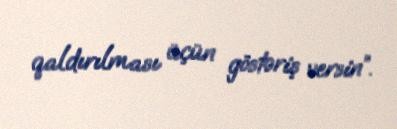
qaldırılması üçün göstəriş versin”.